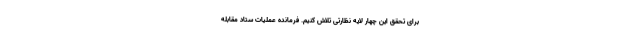
برای تحقق این چهار لایه نظارتی تلاش کنیم. فرمانده عملیات ستاد مقابله